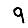
Digit: 9